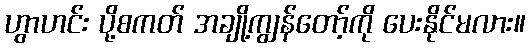
ဟွာဟင်း ပို့စကတ် အချို့ကျွန်တော့်ကို ပေးနိုင်မလား။